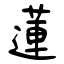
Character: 蓮